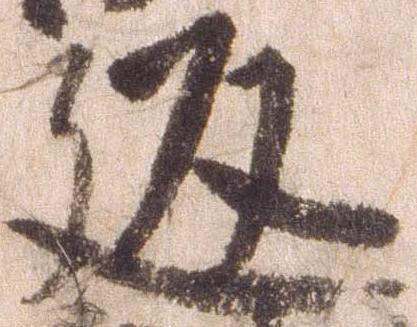
返